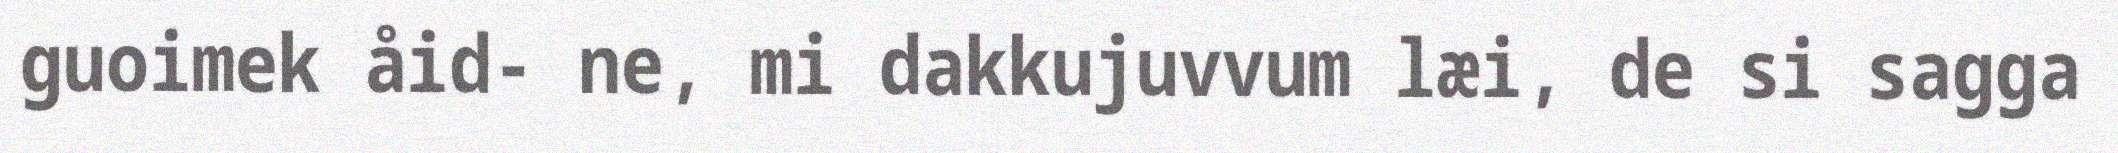
guoimek åid- ne, mi dakkujuvvum læi, de si sagga